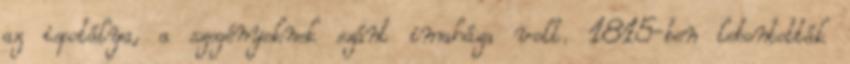
az ispotálya, a szegényeknek szánt imaháza volt. 1815-ben lebontották